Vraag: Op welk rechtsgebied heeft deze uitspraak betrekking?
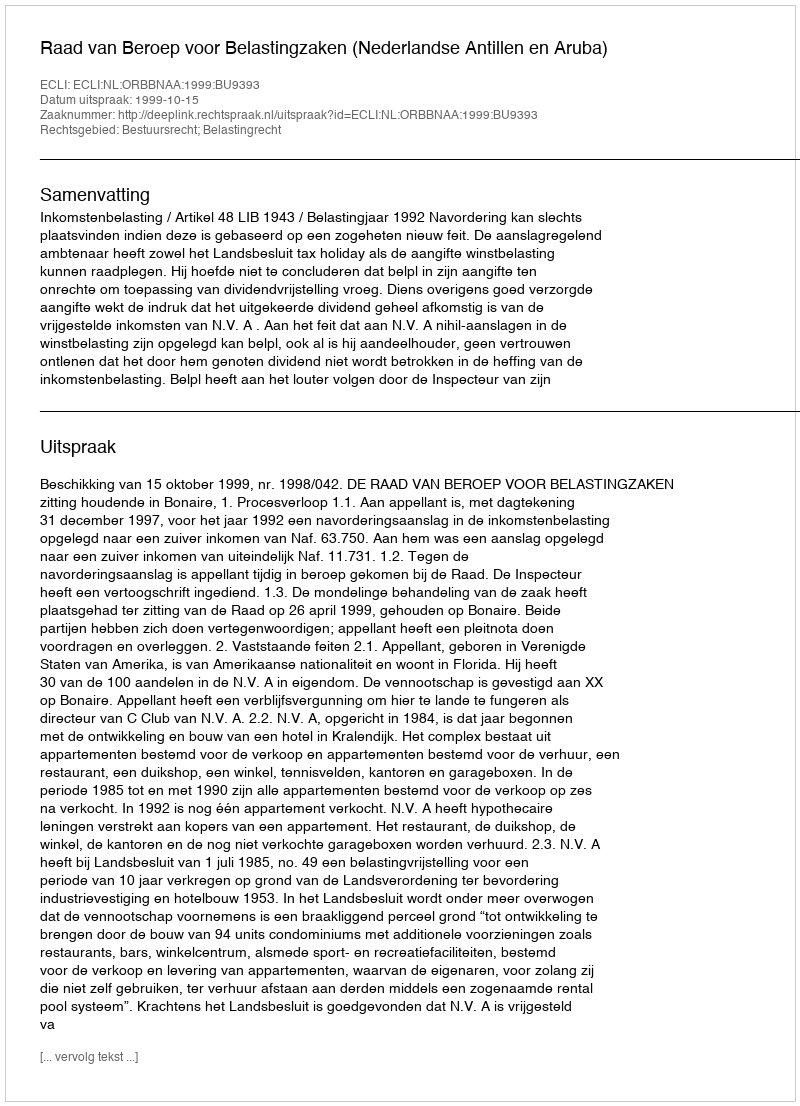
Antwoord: Bestuursrecht; Belastingrecht